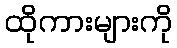
ထိုကားများကို